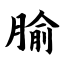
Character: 腧